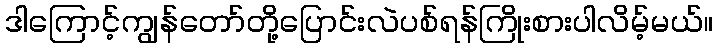
ဒါကြောင့်ကျွန်တော်တို့ပြောင်းလဲပစ်ရန်ကြိုးစားပါလိမ့်မယ်။